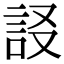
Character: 𧦀